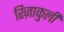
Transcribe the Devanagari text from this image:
रिज़ाकुली